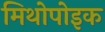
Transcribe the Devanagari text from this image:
मिथोपोइक